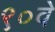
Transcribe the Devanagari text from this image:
९०वे